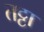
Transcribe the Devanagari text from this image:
तट्टा